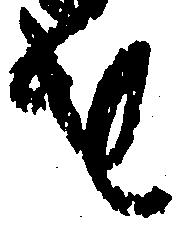
を